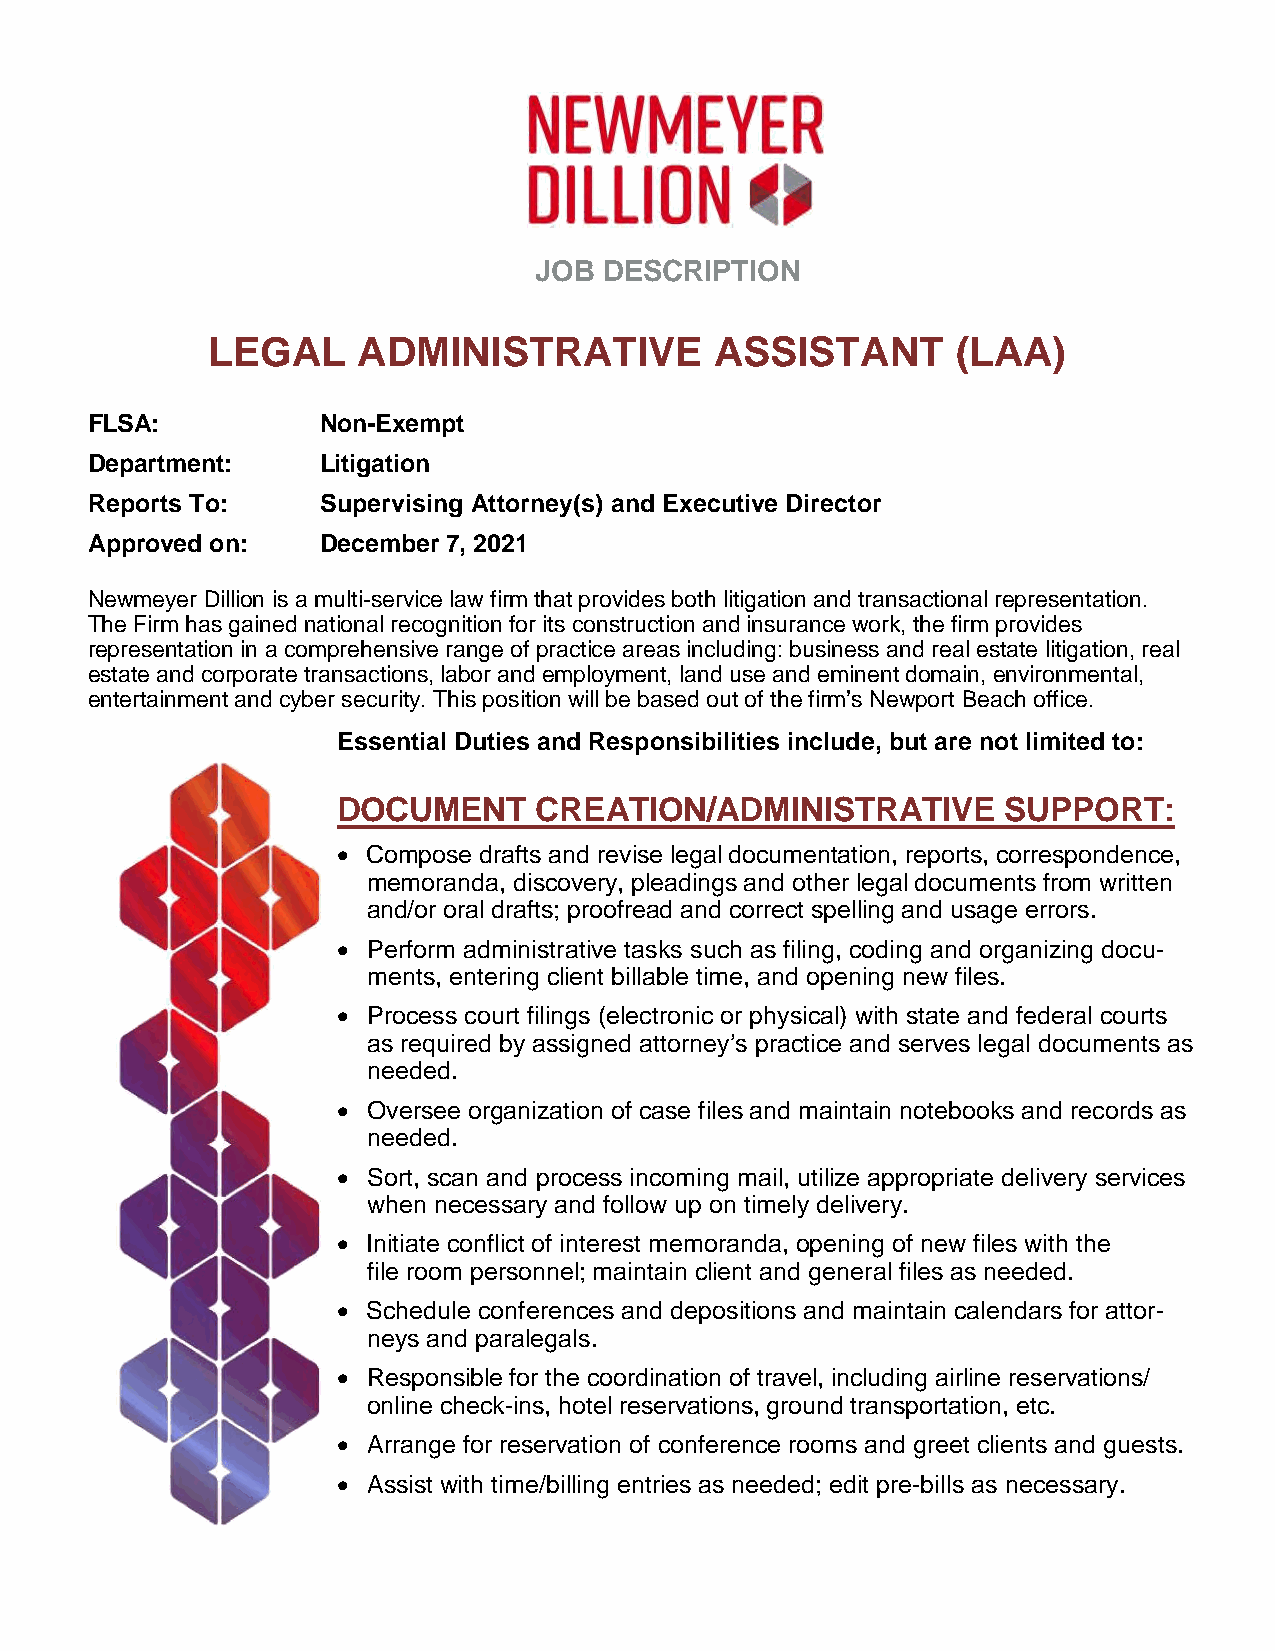
JOB  DESCRIPTION
 LEGAL     ADMINISTRATIVE         ASSISTANT       (LAA)
 FLSA:          Non-Exempt
 Department:    Litigation
 Reports To:    Supervising Attorney(s) and Executive Director
 Approved on:   December 7, 2021
 Newmeyer Dillion is a multi-service law firm that provides both litigation and transactional representation.
 The Firm has gained national recognition for its construction and insurance work, the firm provides
 representation in a comprehensive range of practice areas including: business and real estate litigation, real
 estate and corporate transactions, labor and employment, land use and eminent domain, environmental,
 entertainment and cyber security. This position will be based out of the firm’s Newport Beach office.
 Essential Duties and Responsibilities include, but are not limited to:
 DOCUMENT     CREATION/ADMINISTRATIVE         SUPPORT:
  Compose drafts and revise legal documentation, reports, correspondence,
 memoranda, discovery, pleadings and other legal documents from written
 and/or oral drafts; proofread and correct spelling and usage errors.
  Perform administrative tasks such as filing, coding and organizing docu-
 ments, entering client billable time, and opening new files.
  Process court filings (electronic or physical) with state and federal courts
 as required by assigned attorney’s practice and serves legal documents as
 needed.
  Oversee organization of case files and maintain notebooks and records as
 needed.
  Sort, scan and process incoming mail, utilize appropriate delivery services
 when necessary and follow up on timely delivery.
  Initiate conflict of interest memoranda, opening of new files with the
 file room personnel; maintain client and general files as needed.
  Schedule conferences and depositions and maintain calendars for attor-
 neys and paralegals.
  Responsible for the coordination of travel, including airline reservations/
 online check-ins, hotel reservations, ground transportation, etc.
  Arrange for reservation of conference rooms and greet clients and guests.
  Assist with time/billing entries as needed; edit pre-bills as necessary.